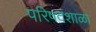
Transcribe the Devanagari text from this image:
परिषदशाळा